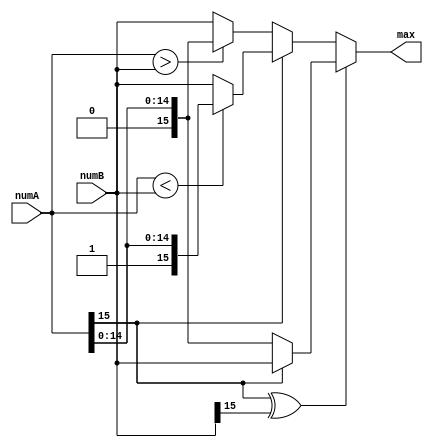
`timescale 1ns / 1ps
//////////////////////////////////////////////////////////////////////////////////
// Company: 
// Engineer: 
// 
// Design Name: 
// Module Name: compare
// Project Name: 
// Target Devices: 
// Tool Versions: 
// Description: 
// 
// Dependencies: 
// 
// Revision:
// Revision 0.01 - File Created
// Additional Comments:
// 
//////////////////////////////////////////////////////////////////////////////////


module compare(numA,numB,max);
parameter DATA_WIDTH = 16;
input [DATA_WIDTH-1:0] numA,numB;
output reg [DATA_WIDTH-1:0] max;
wire flag;
assign flag = numA[15] ^ numB[15];
always @ (numA or numB or flag) begin
    if(flag==1'b1) begin
        if(numA[15]==1'b0) max <= numA;
        else max <= numB;
    end else begin
        if(numA[15]==1'b0) begin
            max <= numA>numB?numA:numB;
        end else begin
            max <= numA<numB?numA:numB;
        end
    end
end
endmodule